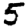
Digit: 5